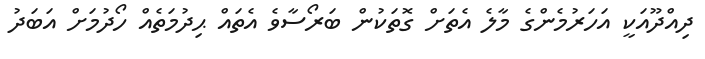
ދިއްދޫއަކީ އަހަރުމެންގެ މާލެ އެތަށް ގޮތަކުން ބަރޯސާވެ އެތައް ޙިދުމަތެއް ހޯދުމަށް އަބަދު